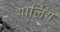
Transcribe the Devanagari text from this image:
थालिय